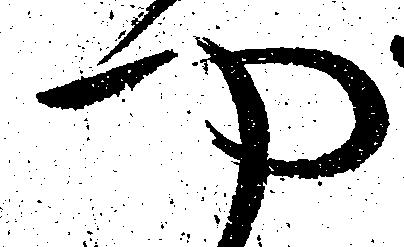
や